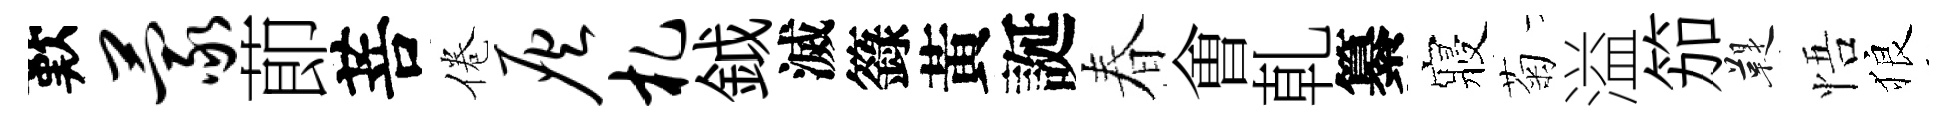
歎蒙莭菩倦灰札鉞滅籙黃誕春㑹乹纂寢菊溢笳鞮悟狼